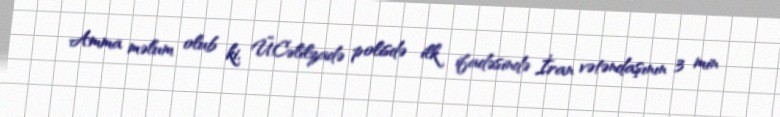
Amma məlum olub ki, Ü.Cəlilzadə polisdə ilk ifadəsində İran vətəndaşının 3 min